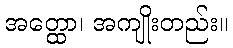
အတ္ထော၊ အကျိုးတည်း။